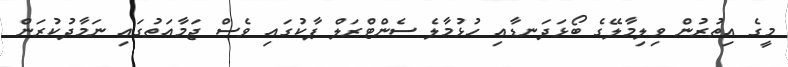
މީގެ އިތުރުން ވިލިމާލޭގެ ބޯޅަދަނޑާއި ހުޅުމާލެ ސެންޓްރަލް ޕާކުގައި ވެސް ޖަމާއަތުގައި ނަމާދުކުރަން